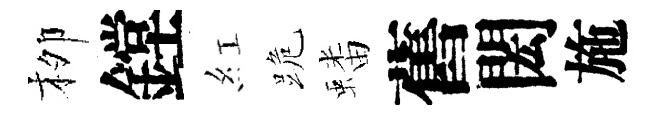
栁鏜紅跪蟠舊閎施